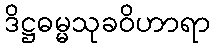
ဒိဋ္ဌဓမ္မသုခဝိဟာရာ